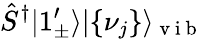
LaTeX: \hat{S}^{\dagger}|1_{\pm}^{\prime}\rangle|\{ \nu_{j}\} \rangle_{\mathrm{~v~i~b~}}